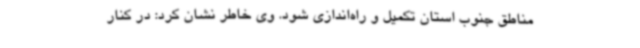
مناطق جنوب استان تکمیل و راه‌اندازی شود. وی خاطر نشان کرد: در کنار